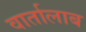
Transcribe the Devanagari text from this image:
वार्तालाब